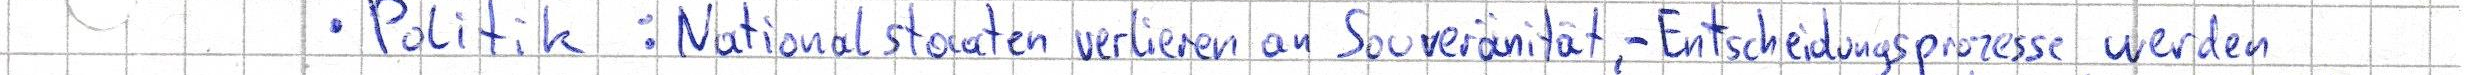
- Politik: Nationalstaaten verlieren an Souveränität, - Entscheidungsprozesse werden